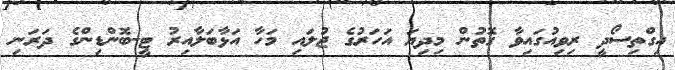
އިގްތިސޯދީ ރިވިއުގައިވާ ގޮތުން މިދިޔަ އަހަރުގެ ޖުލައި މަހާ އަޅާބަލާއިރު ޓީ-ބޮންޑިންގެ ދަރަނި